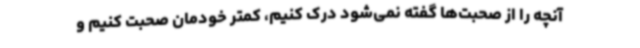
آنچه را از صحبت‌ها گفته نمی‌شود درک کنیم، کمتر خودمان صحبت کنیم و